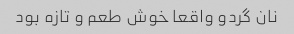
نان گردو واقعا خوش طعم و تازه بود